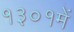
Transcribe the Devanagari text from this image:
१३०१में